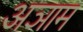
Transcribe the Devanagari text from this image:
अञाम